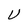
Character: U